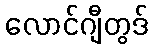
လောင်ဂျီတွဒ်